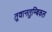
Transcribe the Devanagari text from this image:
तूवानतुम्बिकल